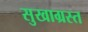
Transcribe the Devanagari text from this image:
सुखाग्रस्‍त